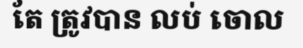
តែ ត្រូវបាន លប់ ចោល